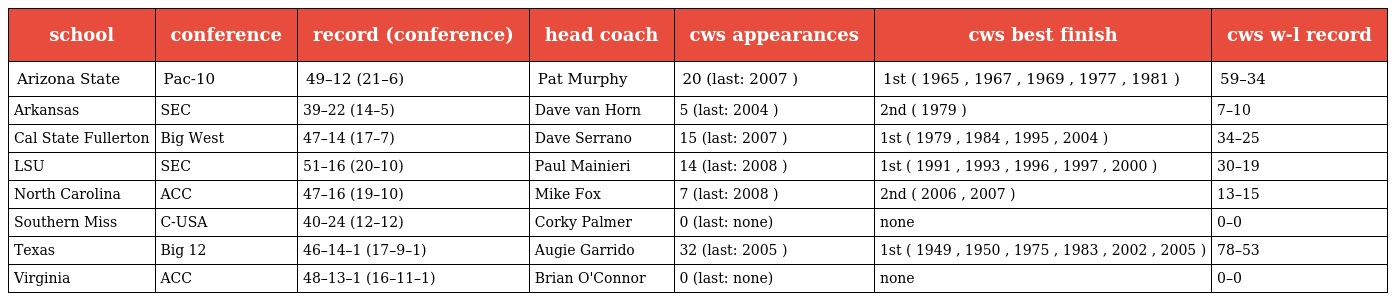
| school | conference | record (conference) | head coach | cws appearances | cws best finish | cws w-l record |
 | --- | --- | --- | --- | --- | --- | --- |
 | Arizona State | Pac-10 | 49–12 (21–6) | Pat Murphy | 20 (last: 2007 ) | 1st ( 1965 , 1967 , 1969 , 1977 , 1981 ) | 59–34 |
 | Arkansas | SEC | 39–22 (14–5) | Dave van Horn | 5 (last: 2004 ) | 2nd ( 1979 ) | 7–10 |
 | Cal State Fullerton | Big West | 47–14 (17–7) | Dave Serrano | 15 (last: 2007 ) | 1st ( 1979 , 1984 , 1995 , 2004 ) | 34–25 |
 | LSU | SEC | 51–16 (20–10) | Paul Mainieri | 14 (last: 2008 ) | 1st ( 1991 , 1993 , 1996 , 1997 , 2000 ) | 30–19 |
 | North Carolina | ACC | 47–16 (19–10) | Mike Fox | 7 (last: 2008 ) | 2nd ( 2006 , 2007 ) | 13–15 |
 | Southern Miss | C-USA | 40–24 (12–12) | Corky Palmer | 0 (last: none) | none | 0–0 |
 | Texas | Big 12 | 46–14–1 (17–9–1) | Augie Garrido | 32 (last: 2005 ) | 1st ( 1949 , 1950 , 1975 , 1983 , 2002 , 2005 ) | 78–53 |
 | Virginia | ACC | 48–13–1 (16–11–1) | Brian O'Connor | 0 (last: none) | none | 0–0 |